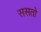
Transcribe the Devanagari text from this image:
ससतो